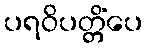
ပရဝိပတ္တိံပေ